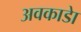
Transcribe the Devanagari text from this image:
अवकाडाे